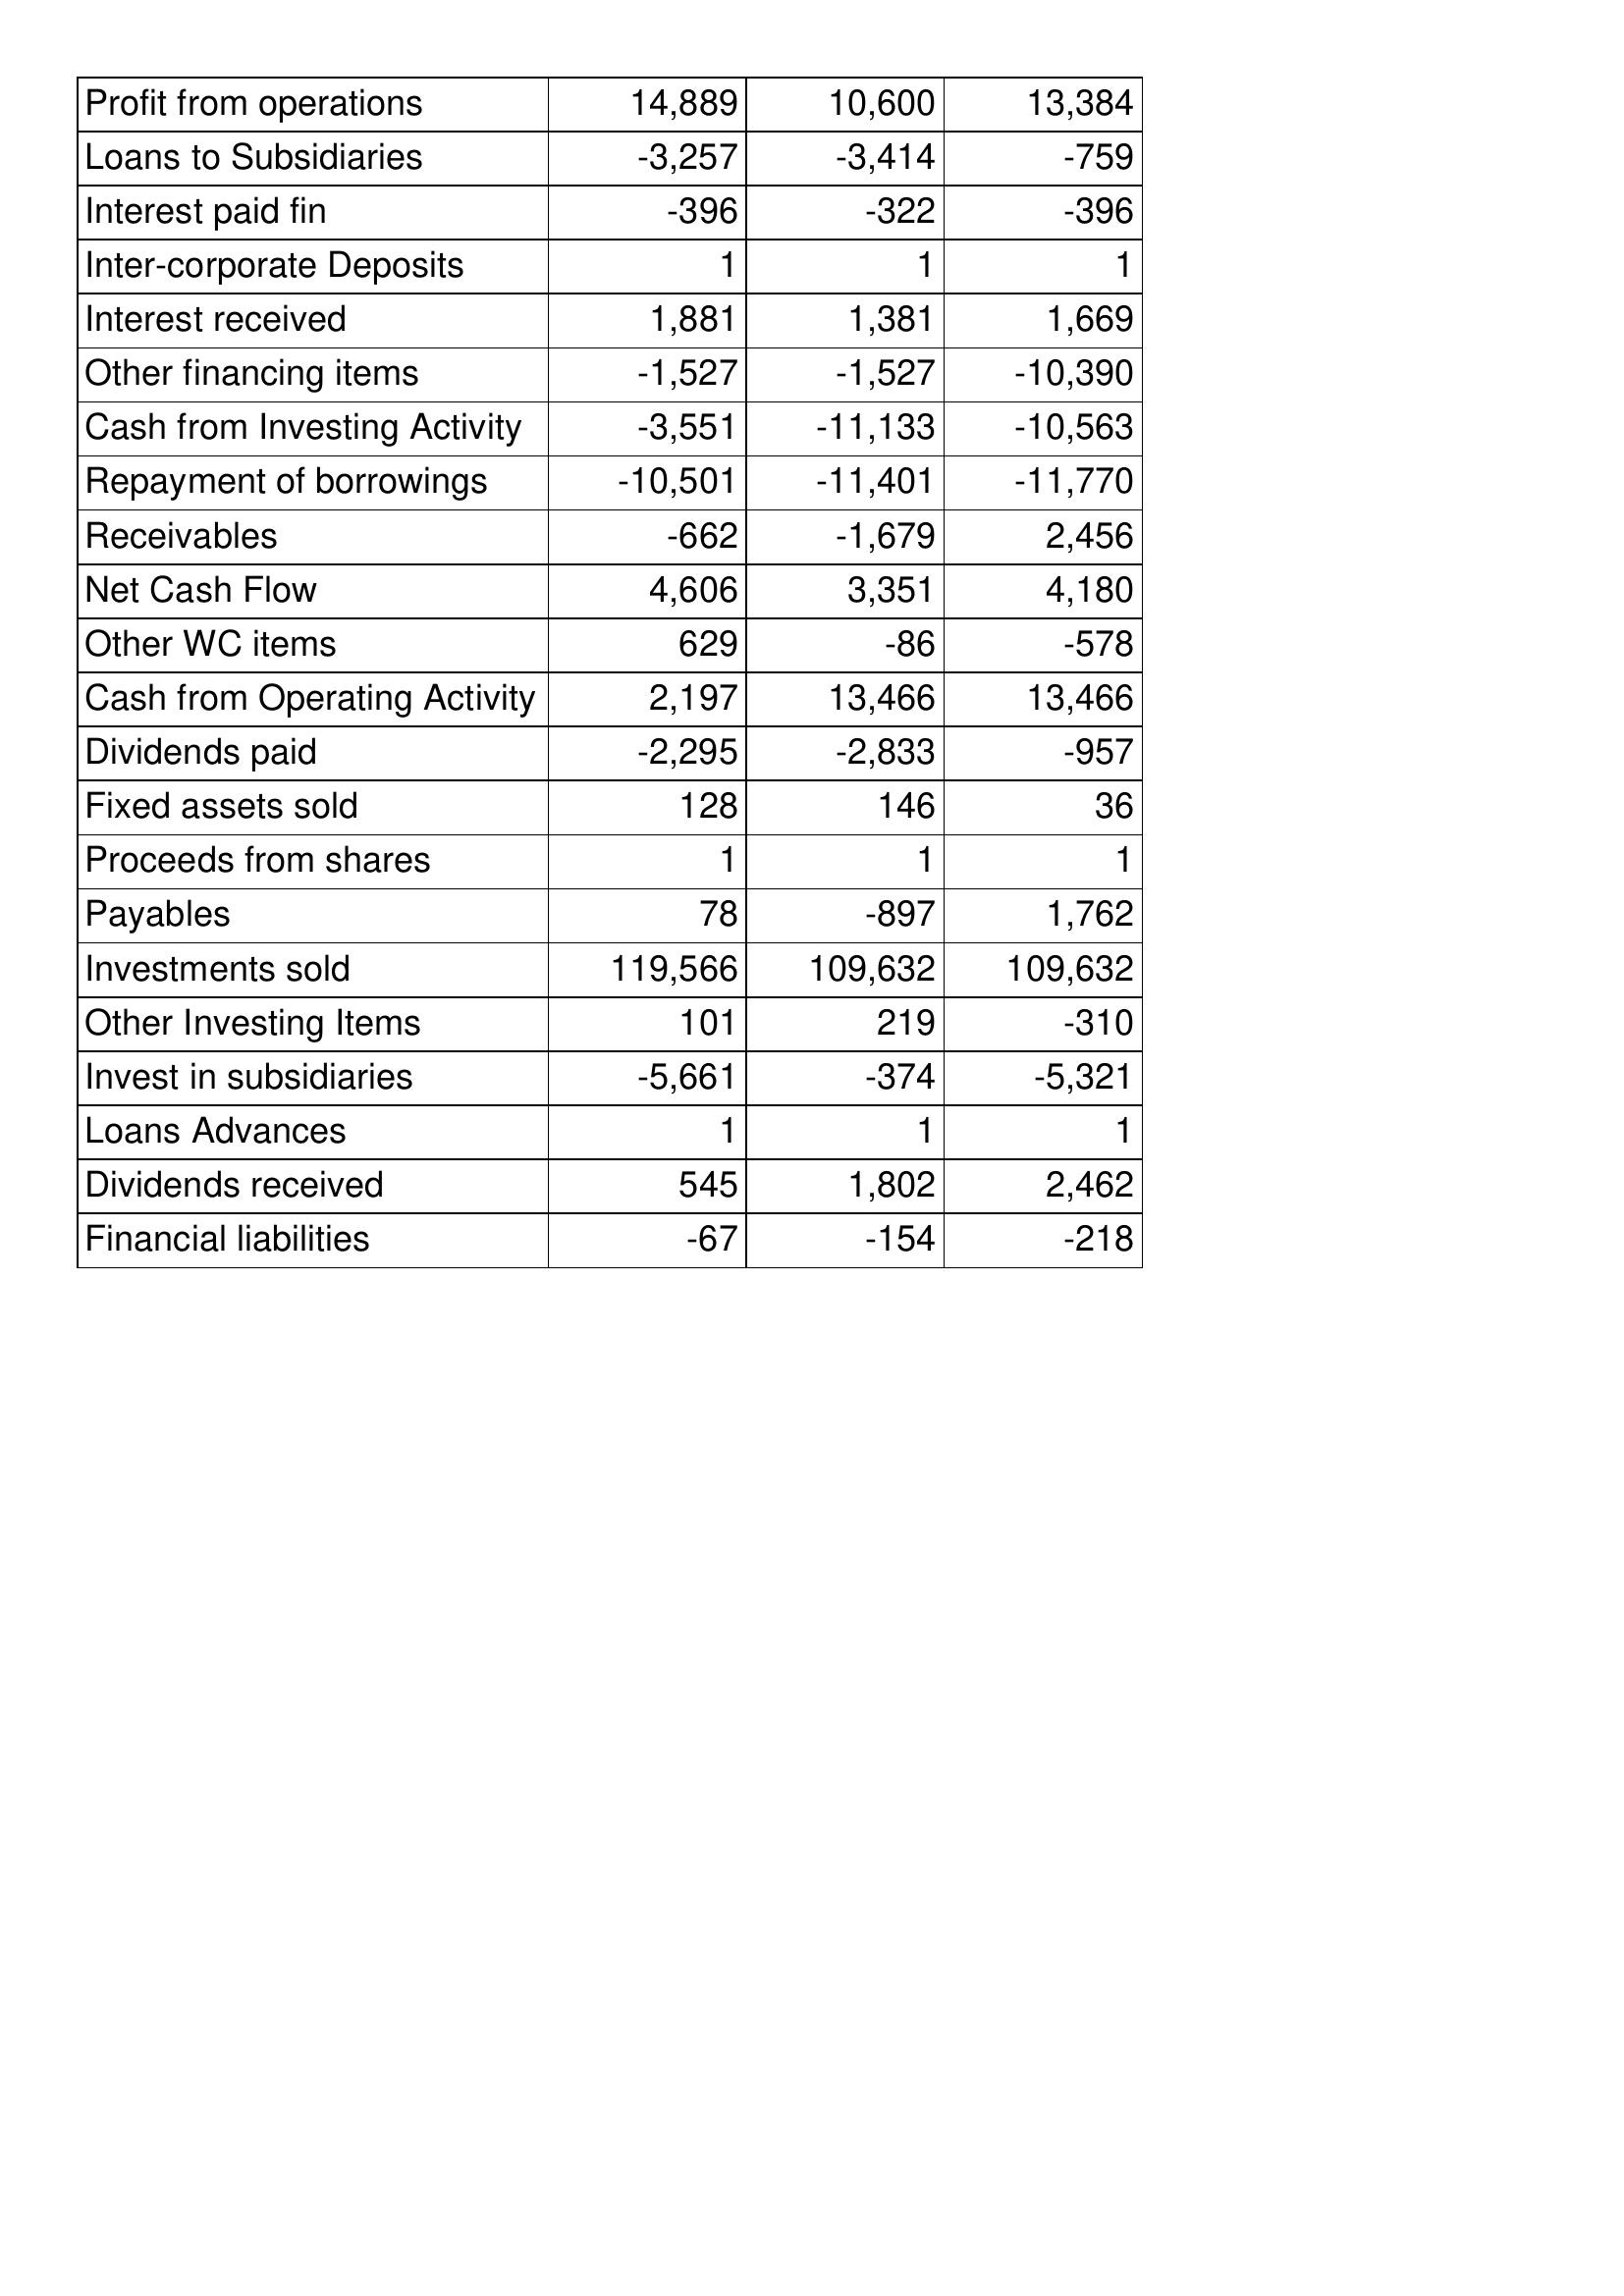
Aug-07: Cash Flows: Profit from operations: 14,889
Loans to Subsidiaries: -3,257
Interest paid fin: -396
Inter-corporate Deposits: 1
Interest received: 1,881
Other financing items: -1,527
Cash from Investing Activity: -3,551
Repayment of borrowings: -10,501
Receivables: -662
Net Cash Flow: 4,606
Other WC items: 629
Cash from Operating Activity: 2,197
Dividends paid: -2,295
Fixed assets sold: 128
Proceeds from shares: 1
Payables: 78
Investments sold: 119,566
Other Investing Items: 101
Invest in subsidiaries: -5,661
Loans Advances: 1
Dividends received: 545
Financial liabilities: -67
Aug-06: Cash Flows: Profit from operations: 10,600
Loans to Subsidiaries: -3,414
Interest paid fin: -322
Inter-corporate Deposits: 1
Interest received: 1,381
Other financing items: -1,527
Cash from Investing Activity: -11,133
Repayment of borrowings: -11,401
Receivables: -1,679
Net Cash Flow: 3,351
Other WC items: -86
Cash from Operating Activity: 13,466
Dividends paid: -2,833
Fixed assets sold: 146
Proceeds from shares: 1
Payables: -897
Investments sold: 109,632
Other Investing Items: 219
Invest in subsidiaries: -374
Loans Advances: 1
Dividends received: 1,802
Financial liabilities: -154
Aug-05: Cash Flows: Profit from operations: 13,384
Loans to Subsidiaries: -759
Interest paid fin: -396
Inter-corporate Deposits: 1
Interest received: 1,669
Other financing items: -10,390
Cash from Investing Activity: -10,563
Repayment of borrowings: -11,770
Receivables: 2,456
Net Cash Flow: 4,180
Other WC items: -578
Cash from Operating Activity: 13,466
Dividends paid: -957
Fixed assets sold: 36
Proceeds from shares: 1
Payables: 1,762
Investments sold: 109,632
Other Investing Items: -310
Invest in subsidiaries: -5,321
Loans Advances: 1
Dividends received: 2,462
Financial liabilities: -218